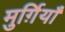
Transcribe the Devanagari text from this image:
मुर्ग़ियाँ